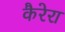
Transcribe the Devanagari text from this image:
कैरेरा